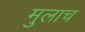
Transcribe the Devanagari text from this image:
मुलाच